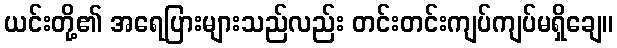
ယင်းတို့၏ အရေပြားများသည်လည်း တင်းတင်းကျပ်ကျပ်မရှိချေ။